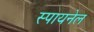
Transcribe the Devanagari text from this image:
स्पायनेल